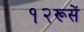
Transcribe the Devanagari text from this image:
१२रूसें